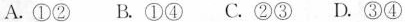
A.①② B.①④ C.②③ D.③④